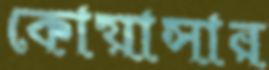
কোয়াসার